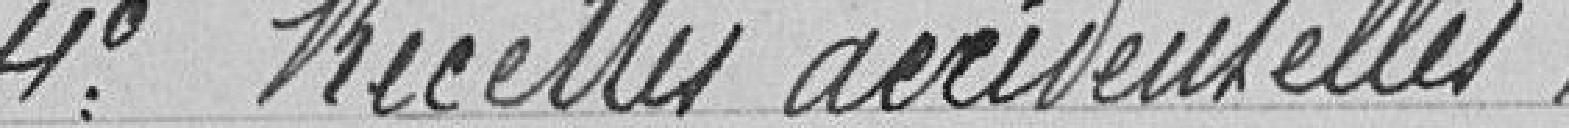
4° Recettes accidentelles